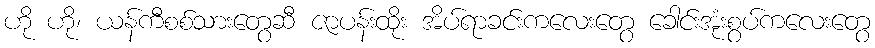
ဟို ဟို၊ ယန်ကီစစ်သားတွေဆီ ဇာပန်းထိုး အိပ်ရာခင်းကလေးတွေ ခေါင်းအုံးစွပ်ကလေးတွေ